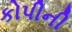
કોપીની